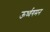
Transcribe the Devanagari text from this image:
ऊर्ध्वगमन